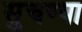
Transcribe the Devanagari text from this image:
सुचण्या